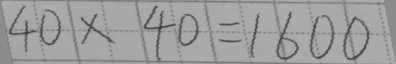
4 0 \times 4 0 = 1 6 0 0